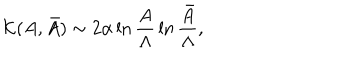
{ \cal K } ( A , \bar { A } ) \sim 2 \alpha \ln { \frac { A } { \Lambda } } \ln { \frac { \bar { A } } { \Lambda } } ,